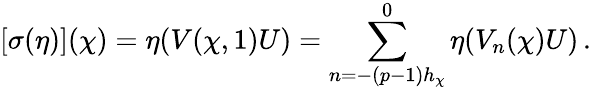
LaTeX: \left[\sigma(\eta)\right](\chi)=\eta(V(\chi,1)U)=\sum_{n=-(p-1)h_{\chi}}^{0}\eta(V_{n}(\chi)U)\, .